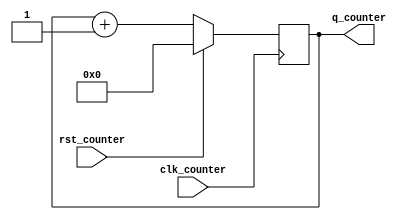
//-------------------------------------------------------
//  Functionality: An n-bit up counter 
//-------------------------------------------------------

`timescale 1ns / 1ps
`ifndef TESTBENCH
  `define size 5
`endif

module param_up_counter (clk_counter, q_counter, rst_counter);

    input clk_counter;
    input rst_counter;
    output [`size-1:0] q_counter;
    reg [`size-1:0] q_counter;

    always @ (posedge clk_counter)
    begin
        if(rst_counter)
		q_counter <= 'b00000000;
	else
		q_counter <= q_counter + 1;
    end

endmodule